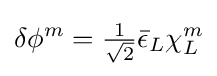
\delta \phi ^{m}={\tfrac {1}{\sqrt {2}}}{\bar {\epsilon }}_{L}\chi _{L}^{m}